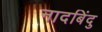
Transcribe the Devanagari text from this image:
नादबिंदु